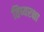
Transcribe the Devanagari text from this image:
तिष्यरक्षा